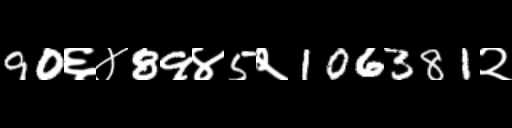
Text: 90६४89४5२106381२